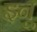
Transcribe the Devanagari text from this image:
इनू